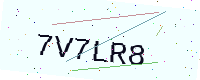
Text: 7V7LR8